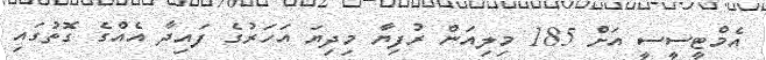
އެމްޓީސީސީ އަށް 185 މިލިއަން ރުފިޔާ މިދިޔަ އަހަރުގެ ފައިދާ އެއްގެ ގޮތުގައި